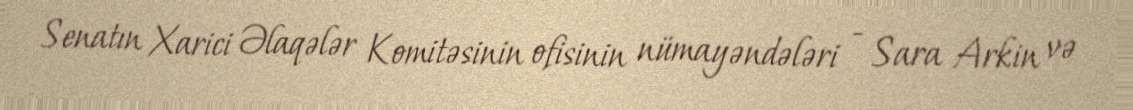
Senatın Xarici Əlaqələr Komitəsinin ofisinin nümayəndələri - Sara Arkin və